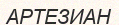
АРТЕЗИАН